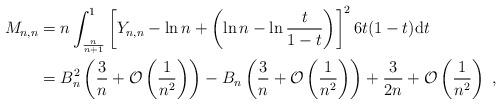
LaTeX: \begin{align*}M_{n,n}&= n \int_{\frac{n}{n+1}}^1 \left[Y_{n,n}-\ln n+\left(\ln n-\ln\frac{t}{1-t}\right)\right]^2 6t(1-t)\mathrm{d}t\\&=B_n^2\left(\frac{3}{n}+{\mathcal O}\left(\frac{1}{n^2}\right)\right)-B_n\left(\frac{3}{n}+{\mathcal O}\left(\frac{1}{n^2}\right)\right) +\frac{3}{2n}+{\mathcal O}\left(\frac{1}{n^2}\right)\ ,\end{align*}